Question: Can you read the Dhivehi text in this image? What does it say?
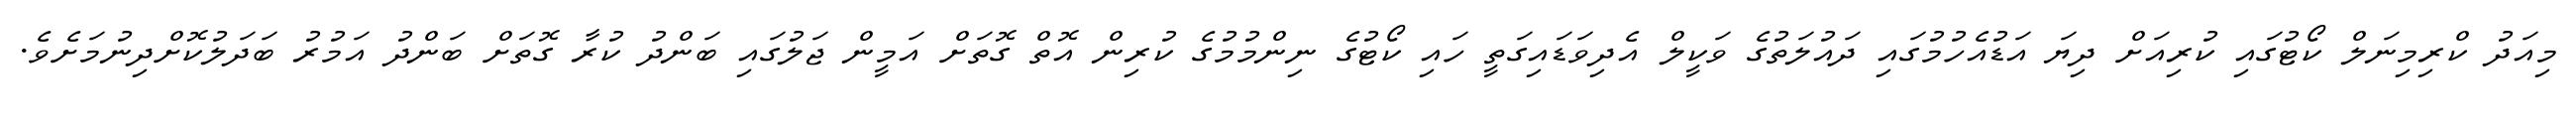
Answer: މިއަދު ކްރިމިނަލް ކޯޓުގައި ކުރިއަށް ދިޔަ އަޑުއެހުމުގައި ދައުލަތުގެ ވަކީލް އެދިވަޑައިގަތީ ހައި ކޯޓުގެ ނިންމުމުގެ ކުރިން އޮތް ގޮތަށް އަމީން ޖަލުގައި ބަންދު ކުރާ ގޮތަށް ބަންދު އަމުރު ބަދަލުކޮށްދިނުމަށެވެ.